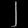
Digit: ၂